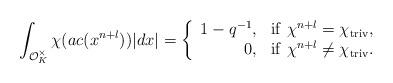
LaTeX: \begin{align*}\int_{\mathcal{O}_K^{\times}}{\chi(ac (x^{n+l}))|dx|}={\left\{\begin{array}{rl}1-q^{-1}, &{\rm if}\ \chi^{n+l}=\chi_{{\rm triv}},\\0, &{\rm if}\ \chi^{n+l}\neq \chi_{{\rm triv}}.\end{array}\right.}\end{align*}